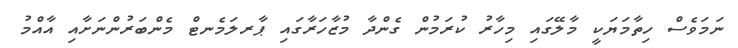
ނަމަވެސް ހިތާމަޔަކީ މާލޭގައި މިހާރު ކުރަމުން ގެންދާ މުޒާހަރާގައި ޕާރލަމެނޓް މެންބަރުންނަށާއި އާއްމު